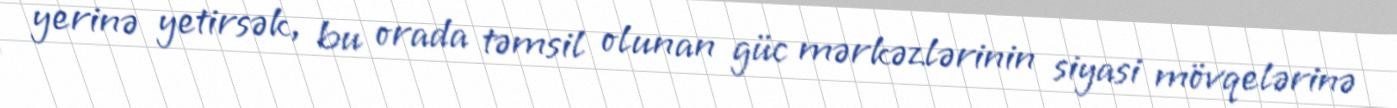
yerinə yetirsək, bu orada təmsil olunan güc mərkəzlərinin siyasi mövqelərinə